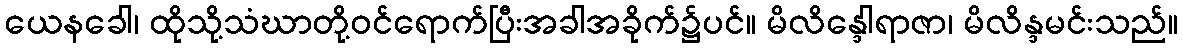
ယေနခေါ၊ ထိုသို့သံဃာတို့ဝင်ရောက်ပြီးအခါအခိုက်၌ပင်။ မိလိန္ဒေါရာဇာ၊ မိလိန္ဒမင်းသည်။